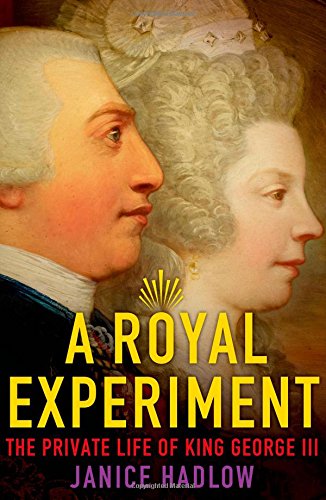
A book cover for A Royal Experiment: The Private Life of King George III; Janice Hadlow; Biographies & Memoirs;